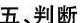
五、判断